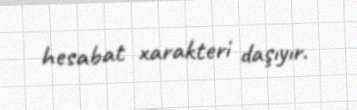
hesabat xarakteri daşıyır.